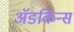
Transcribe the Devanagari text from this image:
अॅडकिन्स